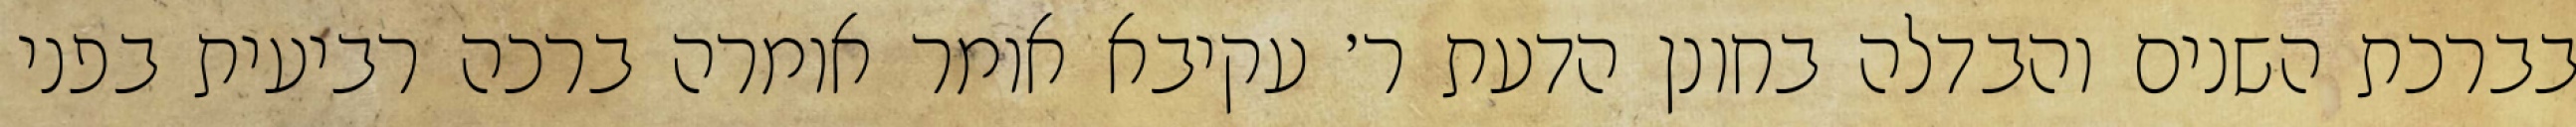
בברכת השנים והבדלה בחונן הדעת ר׳ עקיבא אומר אומרה ברכה רביעית בפני